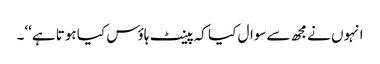
انہوں نےمجھ سےسوال کیا کہ پینٹ ہاؤس کیا ہوتا ہے‘‘۔